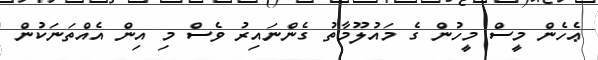
ޢެހެން މީސް މީހުން ގެ މައުލޫމާތު ގެންނައިރު ވެސް މި އިން އެއްތަނަކުން